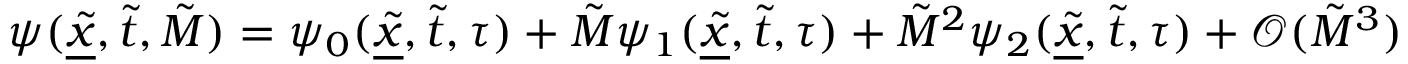
\psi ( \underline { { \tilde { x } } } , \tilde { t } , \tilde { M } ) = \psi _ { 0 } ( \underline { { \tilde { x } } } , \tilde { t } , \tau ) + \tilde { M } \psi _ { 1 } ( \underline { { \tilde { x } } } , \tilde { t } , \tau ) + \tilde { M } ^ { 2 } \psi _ { 2 } ( \underline { { \tilde { x } } } , \tilde { t } , \tau ) + \mathcal { O } ( \tilde { M } ^ { 3 } )